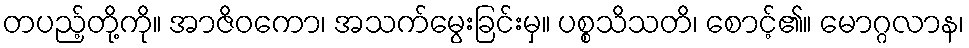
တပည့်တို့ကို။ အာဇိဝကော၊ အသက်မွေးခြင်းမှ။ ပစ္စသိသတိ၊ စောင့်၏။ မောဂ္ဂလာန၊